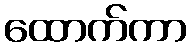
ထောက်ကာ